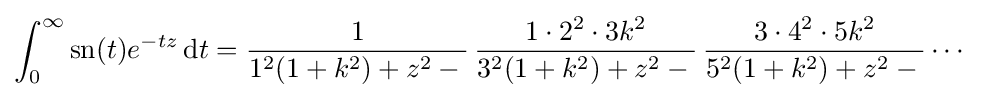
\int _{0}^{\infty }{\textrm {sn}}(t)e^{-tz}\,\mathrm {d} t={\frac {1}{1^{2}(1+k^{2})+z^{2}-{}}}\,{\frac {1\cdot 2^{2}\cdot 3k^{2}}{3^{2}(1+k^{2})+z^{2}-{}}}\,{\frac {3\cdot 4^{2}\cdot 5k^{2}}{5^{2}(1+k^{2})+z^{2}-{}}}\cdots